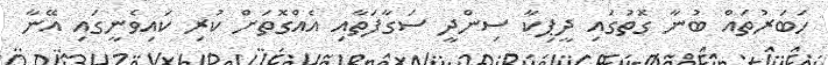
ހަބަރުތައް ބުނާ ގޮތުގައި ދީޕިކާ ސިންދީ ސަގާފަތާއި އެއްގޮތަށް ކުރި ކައިވެނީގައި އޭނާ